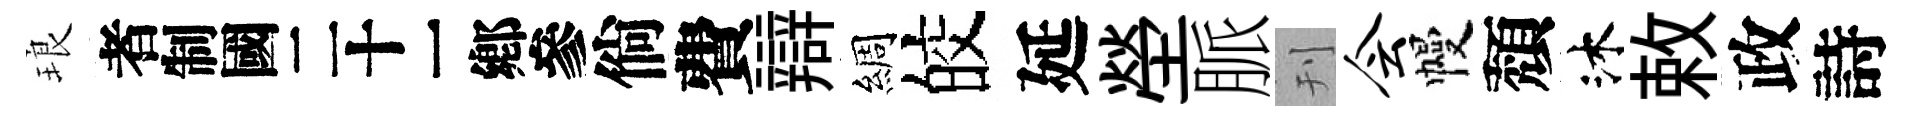
琅识倘費辯綢皎延塋脈刊会幔頽沐敕政詩